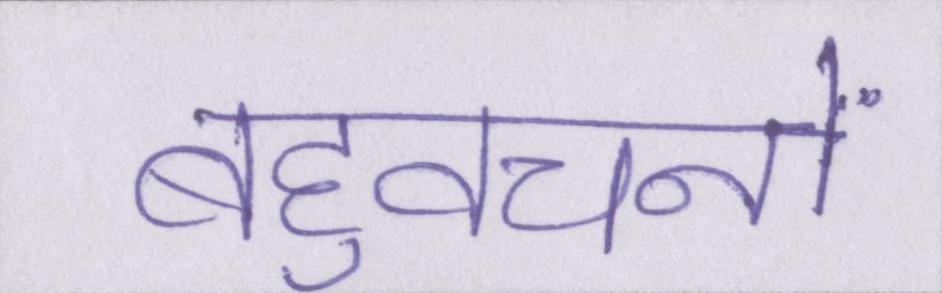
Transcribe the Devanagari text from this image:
बहुवचनों